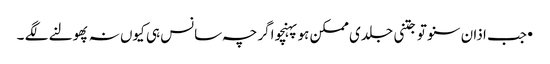
•جب اذان سنو تو جتنی جلدی ممکن ہو پہنچو اگرچہ سانس ہی کیوں نہ پھولنے لگے ۔